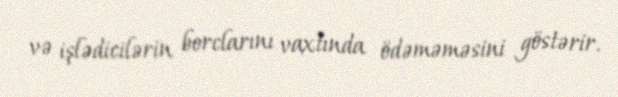
və işlədicilərin borclarını vaxtında ödəməməsini göstərir.